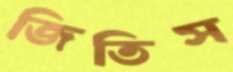
জিতিস